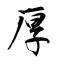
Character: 厚